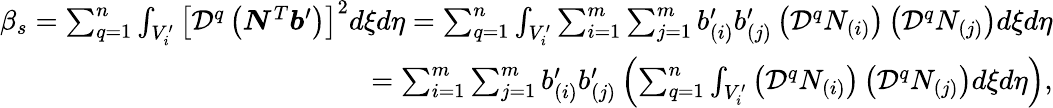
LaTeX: \begin{array}{r}{\beta_{s}=\sum_{q=1}^{n}\int_{V_{i}^{\prime}}\left[\mathcal{D}^{q}\left(\boldsymbol{N}^{T}\boldsymbol{b}^{\prime}\right)\right]^{2}d\xi d\eta=\sum_{q=1}^{n}\int_{V_{i}^{\prime}}\sum_{i=1}^{m}\sum_{j=1}^{m}b_{(i)}^{\prime}b_{(j)}^{\prime}\left(\mathcal{D}^{q}N_{(i)}\right)\left(\mathcal{D}^{q}N_{(j)}\right)d\xi d\eta}\\ {=\sum_{i=1}^{m}\sum_{j=1}^{m}b_{(i)}^{\prime}b_{(j)}^{\prime}\left(\sum_{q=1}^{n}\int_{V_{i}^{\prime}}\left(\mathcal{D}^{q}N_{(i)}\right)\left(\mathcal{D}^{q}N_{(j)}\right)d\xi d\eta\right),}\end{array}